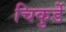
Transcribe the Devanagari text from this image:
चिकुर्डे